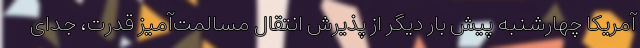
آمریکا چهارشنبه پیش بار دیگر از پذیرش انتقال مسالمت‌آمیز قدرت، جدای